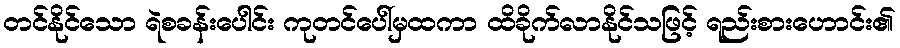
တင်နိုင်သော ရဲစခန်းပေါင်း ကုတင်ပေါ်မှထကာ ထိခိုက်လာနိုင်သဖြင့် ရည်းစားဟောင်း၏